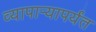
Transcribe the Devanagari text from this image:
व्यापाऱ्यापर्यंत